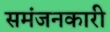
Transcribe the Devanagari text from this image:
समंजनकारी